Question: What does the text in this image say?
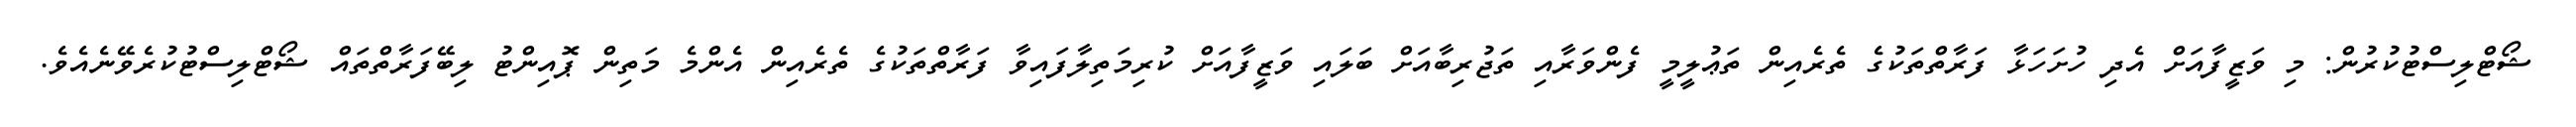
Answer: ޝޯޓްލިސްޓުކުރުން: މި ވަޒީފާއަށް އެދި ހުށަހަޅާ ފަރާތްތަކުގެ ތެރެއިން ތަޢުލީމީ ފެންވަރާއި ތަޖުރިބާއަށް ބަލައި ވަޒީފާއަށް ކުރިމަތިލާފައިވާ ފަރާތްތަކުގެ ތެރެއިން އެންމެ މަތިން ޕޮއިންޓު ލިބޭފަރާތްތައް ޝޯޓްލިސްޓުކުރެވޭނެއެވެ.